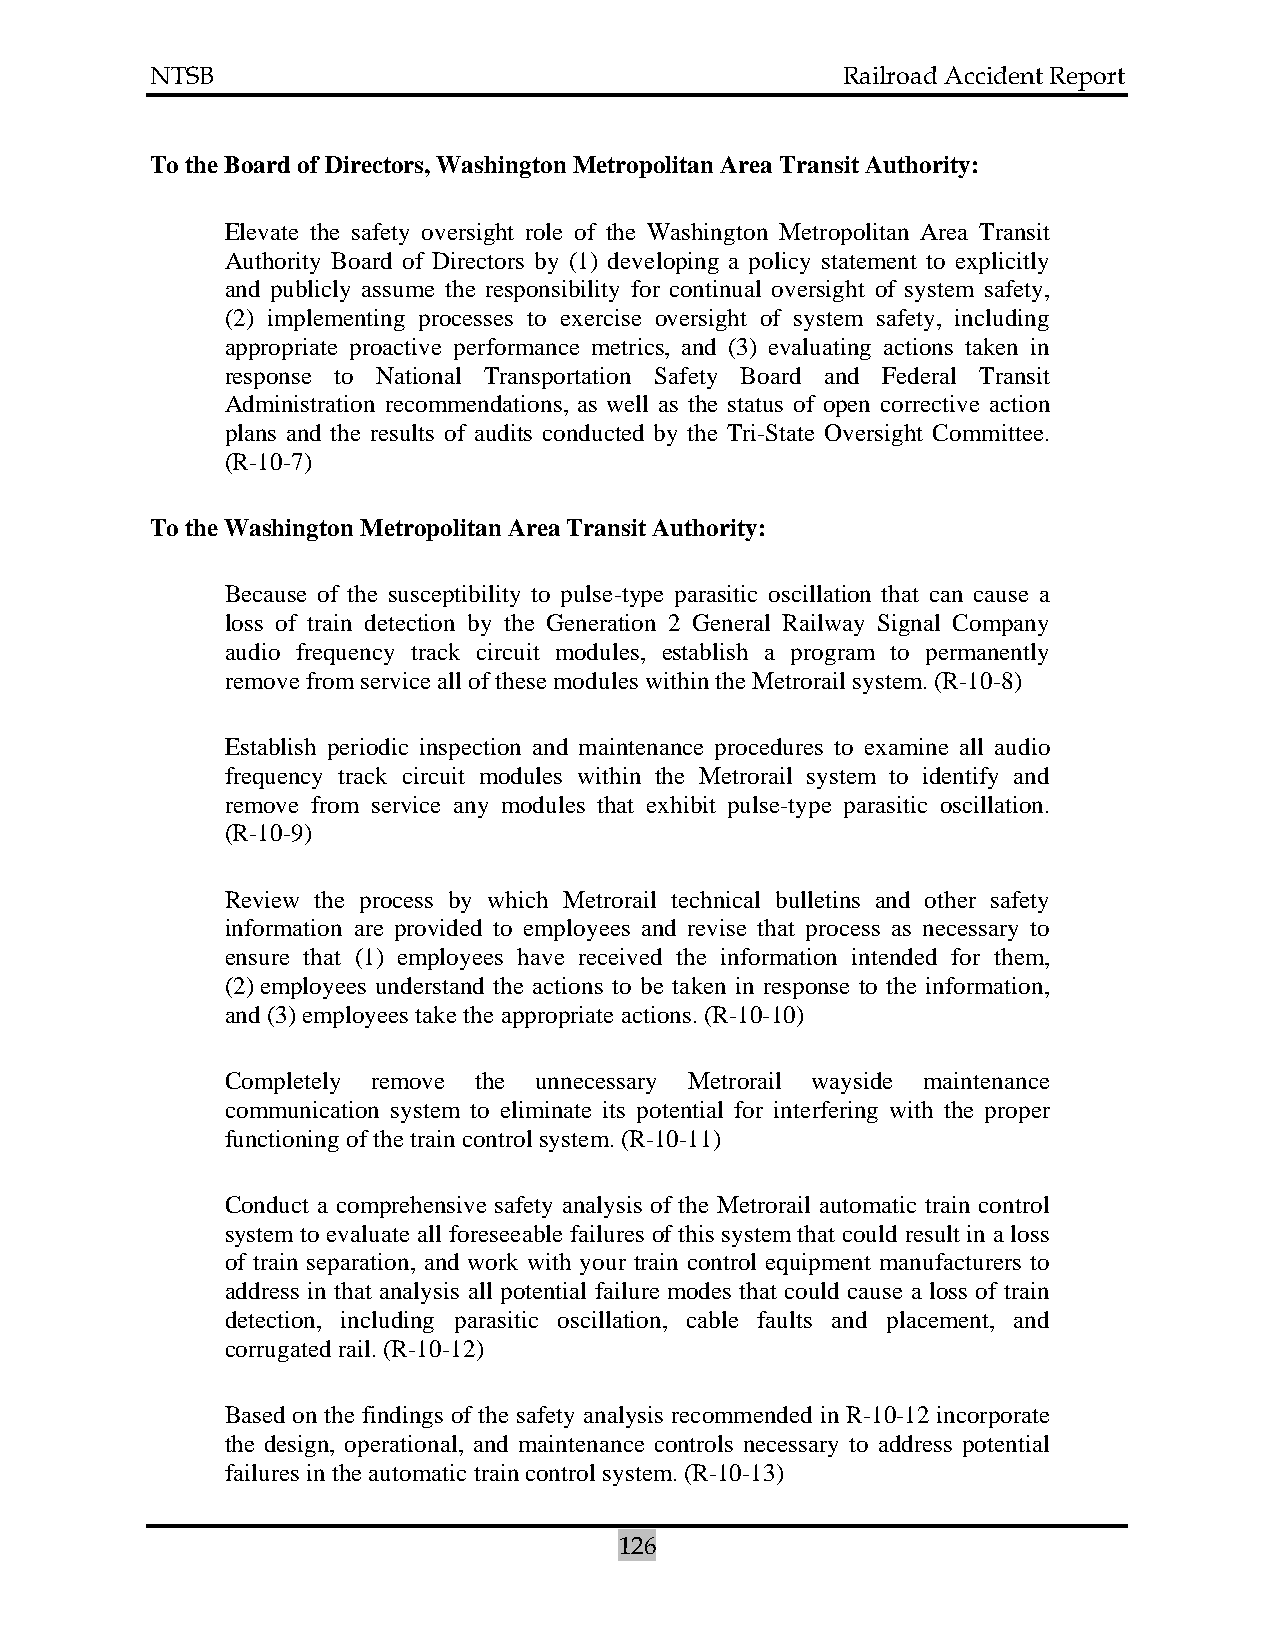
NTSB                                          Railroad Accident Report
 To the Board of Directors, Washington Metropolitan Area Transit Authority:
 Elevate the safety oversight role of the Washington Metropolitan Area Transit
 Authority Board of Directors by (1) developing a policy statement to explicitly
 and publicly assume the responsibility for continual oversight of system safety,
 (2) implementing processes to exercise oversight of system safety, including
 appropriate proactive performance metrics, and (3) evaluating actions taken in
 response to National Transportation Safety Board and Federal Transit
 Administration recommendations, as well as the status of open corrective action
 plans and the results of audits conducted by the Tri-State Oversight Committee.
 (R-10-7)
 To the Washington Metropolitan Area Transit Authority:
 Because of the susceptibility to pulse-type parasitic oscillation that can cause a
 loss of train detection by the Generation 2 General Railway Signal Company
 audio frequency track circuit modules, establish a program to permanently
 remove from service all of these modules within the Metrorail system. (R-10-8)
 Establish periodic inspection and maintenance procedures to examine all audio
 frequency track circuit modules within the Metrorail system to identify and
 remove from service any modules that exhibit pulse-type parasitic oscillation.
 (R-10-9)
 Review the process by which Metrorail technical bulletins and other safety
 information are provided to employees and revise that process as necessary to
 ensure that (1) employees have received the information intended for them,
 (2) employees understand the actions to be taken in response to the information,
 and (3) employees take the appropriate actions. (R-10-10)
 Completely remove the unnecessary Metrorail wayside maintenance
 communication system to eliminate its potential for interfering with the proper
 functioning of the train control system. (R-10-11)
 Conduct a comprehensive safety analysis of the Metrorail automatic train control
 system to evaluate all foreseeable failures of this system that could result in a loss
 of train separation, and work with your train control equipment manufacturers to
 address in that analysis all potential failure modes that could cause a loss of train
 detection, including parasitic oscillation, cable faults and placement, and
 corrugated rail. (R-10-12)
 Based on the findings of the safety analysis recommended in R-10-12 incorporate
 the design, operational, and maintenance controls necessary to address potential
 failures in the automatic train control system. (R-10-13)
 126